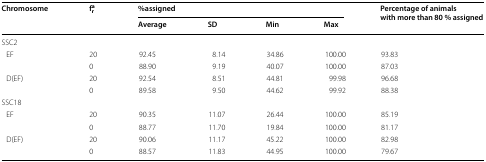
<table><thead><tr><td rowspan="2"><b>Chromosome</b></td><td rowspan="2"><b>f<sub>r</sub><sup>a</sup></b></td><td colspan="4"><b>%assigned</b></td><td rowspan="2"><b>Percentage of animals with more than 80 % assigned</b></td></tr><tr><td><b>Average</b></td><td><b>SD</b></td><td><b>Min</b></td><td><b>Max</b></td></tr></thead><tbody><tr><td>SSC2</td><td></td><td></td><td></td><td></td><td></td><td></td></tr><tr><td> EF</td><td>20</td><td>92.45</td><td>8.14</td><td>34.86</td><td>100.00</td><td>93.83</td></tr><tr><td></td><td>0</td><td>88.90</td><td>9.19</td><td>40.07</td><td>100.00</td><td>87.03</td></tr><tr><td> D(EF)</td><td>20</td><td>92.54</td><td>8.51</td><td>44.81</td><td>99.98</td><td>96.68</td></tr><tr><td></td><td>0</td><td>89.58</td><td>9.50</td><td>44.62</td><td>99.92</td><td>88.38</td></tr><tr><td>SSC18</td><td></td><td></td><td></td><td></td><td></td><td></td></tr><tr><td> EF</td><td>20</td><td>90.35</td><td>11.07</td><td>26.44</td><td>100.00</td><td>85.19</td></tr><tr><td></td><td>0</td><td>88.77</td><td>11.70</td><td>19.84</td><td>100.00</td><td>81.17</td></tr><tr><td> D(EF)</td><td>20</td><td>90.06</td><td>11.17</td><td>45.22</td><td>100.00</td><td>82.98</td></tr><tr><td></td><td>0</td><td>88.57</td><td>11.83</td><td>44.95</td><td>100.00</td><td>79.67</td></tr></tbody></table>